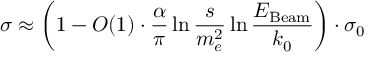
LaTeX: \sigma \approx \left( 1 - { \cal O } ( 1 ) \cdot \frac { \alpha } { \pi } \ln \frac { s } { m _ { e } ^ { 2 } } \ln \frac { E _ { \mathrm { B e a m } } } { k _ { 0 } } \right) \cdot \sigma _ { 0 }